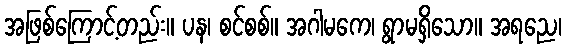
အဖြစ်ကြောင့်တည်း။ ပန၊ စင်စစ်။ အဂါမကေ၊ ရွာမရှိသော။ အရညေ၊